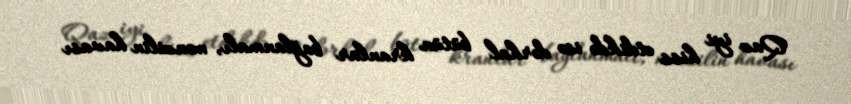
Qaz iyi hiss etdikdə isə dərhal bütün kranlar bağlanmalı, mənzilin havası